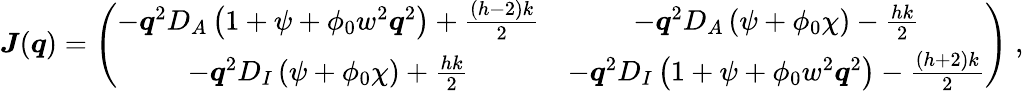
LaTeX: {\boldsymbol J}(\boldsymbol q)=\left(\begin{array}{cc}{-\boldsymbol q^{2}D_{A}\left(1+\psi+\phi_{0}w^{2}\boldsymbol q^{2}\right)+\frac{(h-2)k}{2}}&{-\boldsymbol q^{2}D_{A}\left(\psi+\phi_{0}\chi\right)-\frac{hk}{2}}\\ {-\boldsymbol q^{2}D_{I}\left(\psi+\phi_{0}\chi\right)+\frac{hk}{2}}&{-\boldsymbol q^{2}D_{I}\left(1+\psi+\phi_{0}w^{2}\boldsymbol q^{2}\right)-\frac{(h+2)k}{2}}\end{array}\right)\; ,